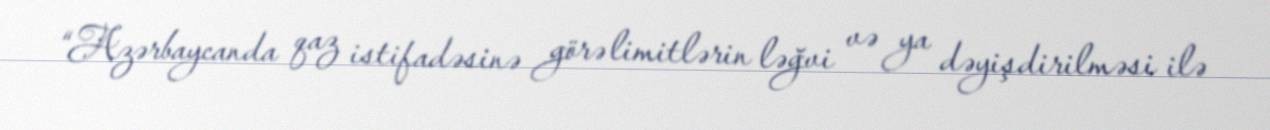
“Azərbaycanda qaz istifadəsinə görə limitlərin ləğvi və ya dəyişdirilməsi ilə